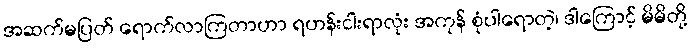
အဆက်မပြတ် ရောက်လာကြတာဟာ ရဟန်းငါးရာလုံး အကုန် စုံပါရောတဲ့၊ ဒါကြောင့် မိမိတို့